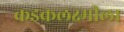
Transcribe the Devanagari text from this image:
कडकलक्ष्मीला